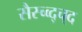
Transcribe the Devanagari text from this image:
सैस्च्व्द्च्द